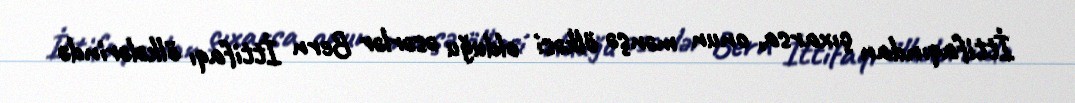
İttifaqından çıxarsa, onun mənşə ölkəsi olduğu əsərlər Bern İttifaqı ölkələrində